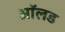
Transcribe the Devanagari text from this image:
आॅलड